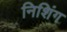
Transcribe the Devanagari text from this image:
निशिंग